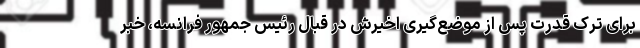
برای ترک قدرت پس از موضع‌گیری اخیرش در قبال رئیس جمهور فرانسه، خبر